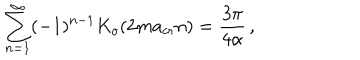
\sum _ { n = 1 } ^ { \infty } ( - 1 ) ^ { n - 1 } K _ { o } ( 2 m a _ { \mathrm { c r } } n ) = { \frac { 3 \pi } { 4 \alpha } } \, ,